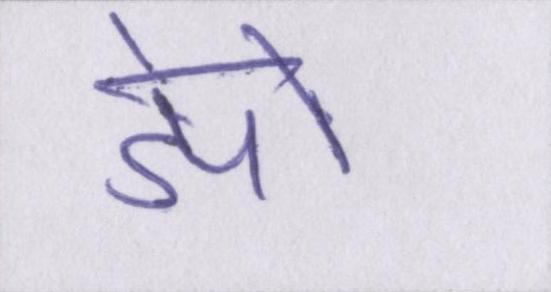
डेपो